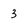
Character: 3